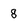
Character: 8